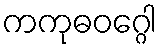
ကကုဓဝဂ္ဂေါ